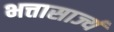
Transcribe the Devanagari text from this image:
भत्तासार्ज्य